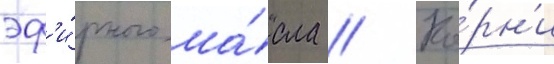
эф'и́рного ма́сла // Ко́рн'и